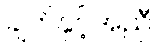
ချက်နှင့်အညီ